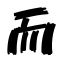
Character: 而